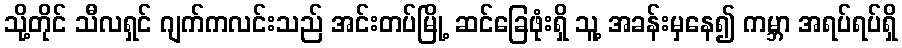
သို့တိုင် သီလရှင် ဂျက်ကလင်းသည် အင်းတပ်မြို့ ဆင်ခြေဖုံးရှိ သူ့ အခန်းမှနေ၍ ကမ္ဘာ အရပ်ရပ်ရှိ